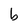
Character: b